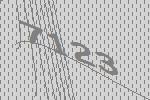
7123